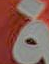
ف